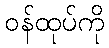
ဝန်ထုပ်ကို